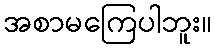
အစာမကြေပါဘူး။